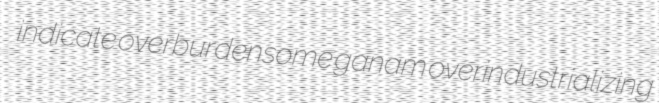
indicate overburdensome ganam overindustrializing